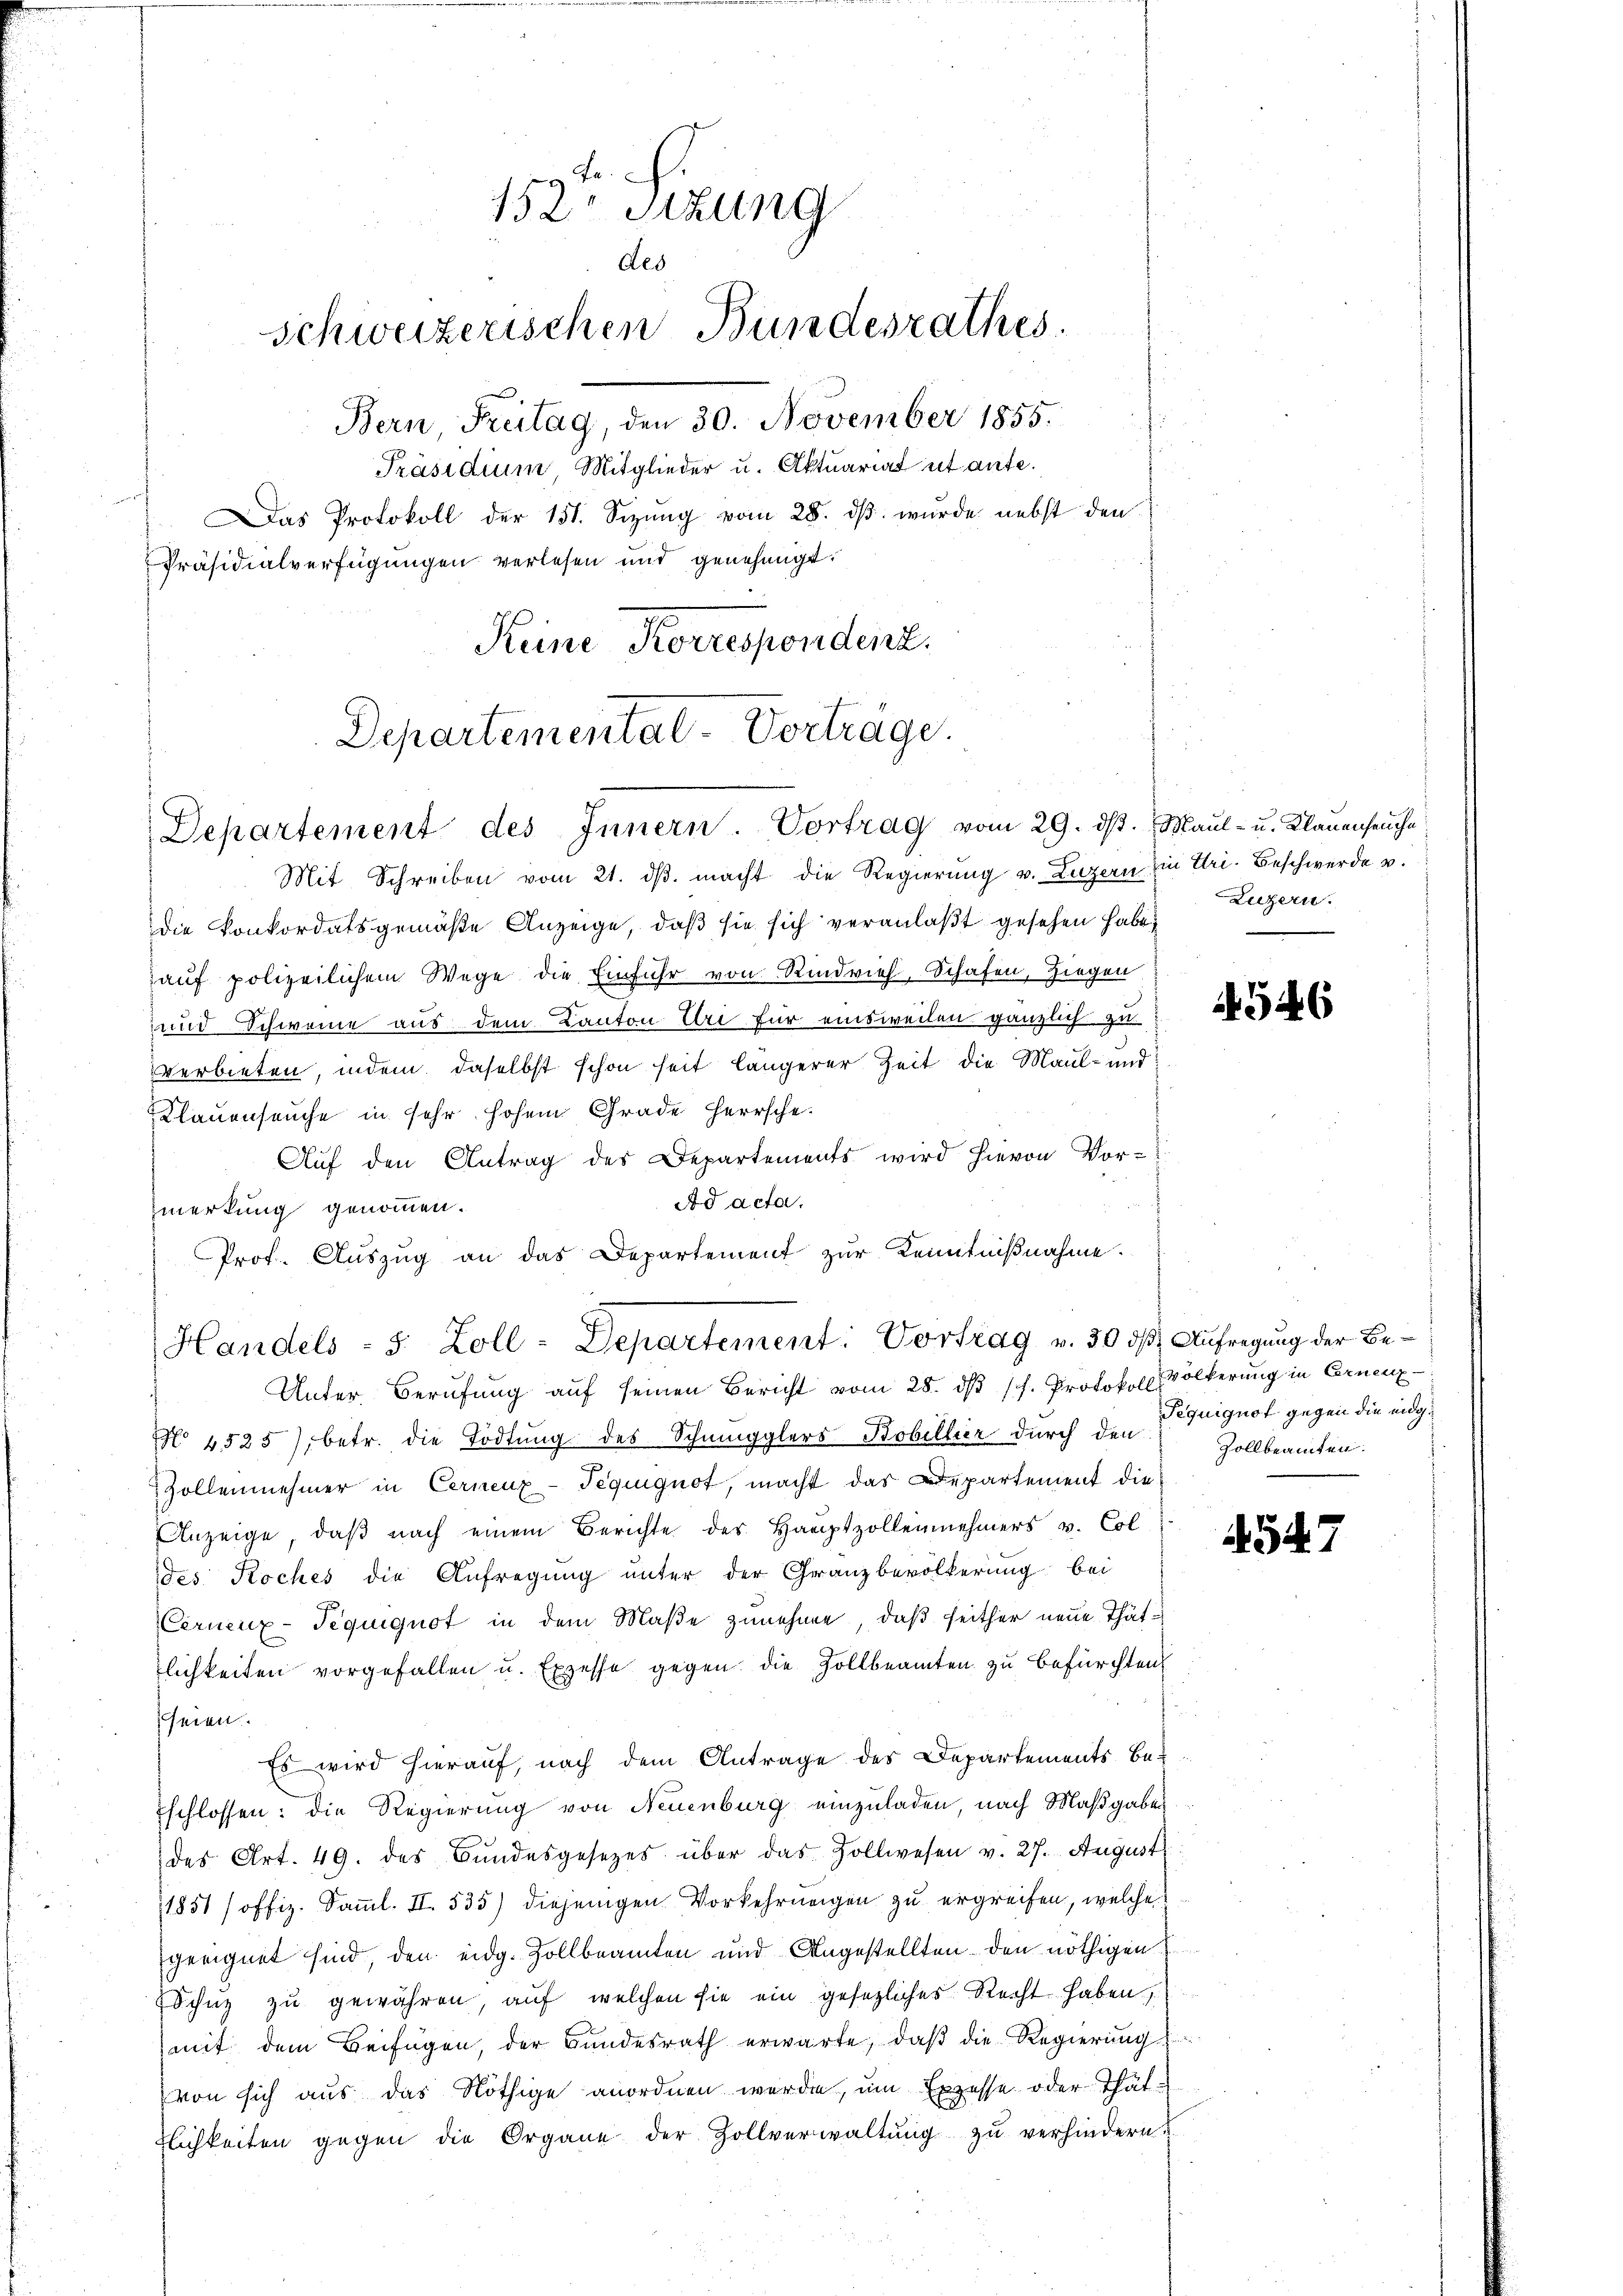
152. Sitzung
des
schweizerischen Bundesrathes.
Bern, Freitag, den 30. November 1855.
Präsidium Mitglieder u. Aktuariat ut ante.

Das Protokoll der 151. Sizŭng vom 28. dβ. wurde nebst den
Präsidialverfügungen verlesen und genehmigt.
Keine Korrespondenz.

Departemental-Vorträge.
Departement des Innern Vortrag vom 29. ds. Maul- u. Klauensen ihn

Mit Schreiben vom 21. ds. macht die Regierung v. Luzern Ein Uri. Beschwerde v.
Die Konkordatsgemäße Anzeige, daß sie sich veranlaßt gesehen habe,
auf polizeilichem Wege die Einfuhr von Rindvieh, Schafen, Ziegen
und Schweine aus dem Kanton Uri für einsweilen gänzlich zu
verbieten, indem daselbst schon seit längerer Zeit die Maul- und
Klauenseuche in sehr hohem Grade herrsche-
Auf den Antrag des Departements wird hievon Vor-
Ad acta.
merkung genommen.
Prof. Auszug an das Departement zur Kenntnißnahme.
No 1525), betr. die Tödtung des Schmugglers Bobillier durch den
Zollennehmer in Cernenz-Teguiguot, macht das Departement die
Anzeige, daß nach einem Berichte des Hauptzollennehmers v. Col
des Koches die Aufregung unter der Granzbevölkerung bei
Cernenz-Tequiguot in dem Maße zunehme, daß seither neue Thätlichkeiten vorgefallen u. Exzesse gegen die Zollbeamten zu befürchten
seien.
Es wird hierauf, nach dem Antrage des Departements Be¬
Eschlossen: die Regierung von Neuenburg einzuladen, nach Maßgabes
des Art. 49. des Bŭndesgesezes über das Zollwesen v. 27. August
1851 / offiz. Samml. II. 535) diejenigen Vorkehrungen zu ergreifen, welche
geeignet sind, den eidg. Zollbeamten und Angestellten den nöthigen
Schnz zu gewähren, auf welchen sie ein gesetzliches Recht haben
mit dem Beifügen, der Bundesrath erwarte, daβ die Regierŭng
von sich aus das Nöthige anordnen werde, um Exzesse oder Thät
tlichkeiten gegen die Organe der Zollverwaltŭng zŭ verhindern.

Handels - 5. Zoll - Departement: Vortrag v. 30 dß. Aufregung der Be¬
Unter Berufung auf seinen Bericht vom 28. dβ h. Protokoll Völkerung in Cornenz

Luzern.

546

Tequiguot gegen die eidg.
Zollbeamten.

4547